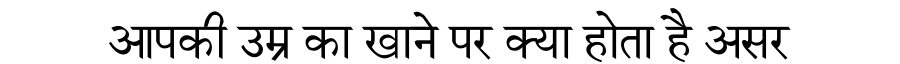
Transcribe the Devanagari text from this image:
आपकी उम्र का खाने पर क्या होता है असर